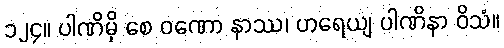
၁၂၄။ ပါဏိမှိ စေ ဝဏော နာဿ၊ ဟရေယျ ပါဏိနာ ဝိသံ။